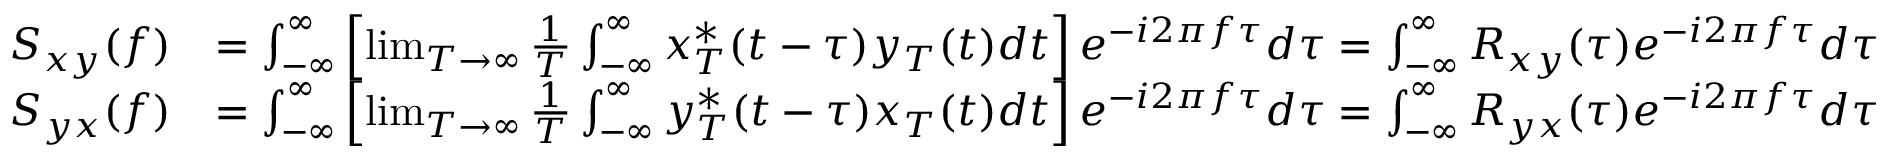
{ \begin{array} { r l } { S _ { x y } ( f ) } & { = \int _ { - \infty } ^ { \infty } \left[ \operatorname* { l i m } _ { T \to \infty } { \frac { 1 } { T } } \int _ { - \infty } ^ { \infty } x _ { T } ^ { * } ( t - \tau ) y _ { T } ( t ) d t \right] e ^ { - i 2 \pi f \tau } d \tau = \int _ { - \infty } ^ { \infty } R _ { x y } ( \tau ) e ^ { - i 2 \pi f \tau } d \tau } \\ { S _ { y x } ( f ) } & { = \int _ { - \infty } ^ { \infty } \left[ \operatorname* { l i m } _ { T \to \infty } { \frac { 1 } { T } } \int _ { - \infty } ^ { \infty } y _ { T } ^ { * } ( t - \tau ) x _ { T } ( t ) d t \right] e ^ { - i 2 \pi f \tau } d \tau = \int _ { - \infty } ^ { \infty } R _ { y x } ( \tau ) e ^ { - i 2 \pi f \tau } d \tau } \end{array} }